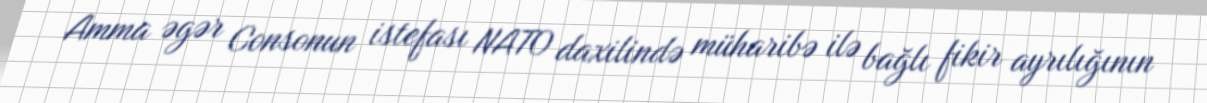
Amma əgər Consonun istefası NATO daxilində müharibə ilə bağlı fikir ayrılığının